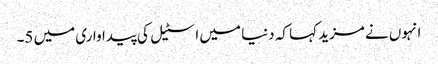
انہوں نے مزید کہا کہ دنیا میں اسٹیل کی پیداواری میں 5۔